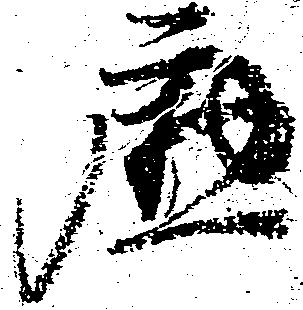
慇